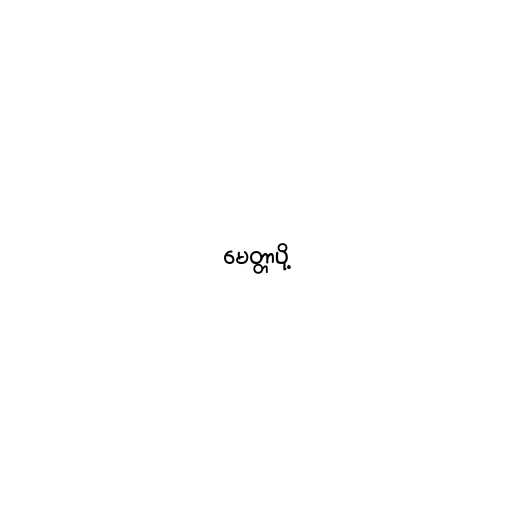
မေတ္တာပို့